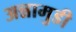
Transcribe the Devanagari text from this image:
अन्नामुडी